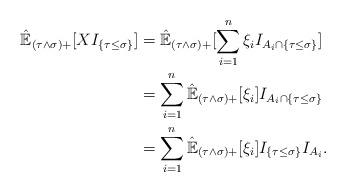
LaTeX: \begin{align*}\hat{\mathbb{E}}_{(\tau\wedge\sigma)+}[XI_{\{\tau\leq \sigma\}}]&=\hat{\mathbb{E}}_{(\tau\wedge\sigma)+}[\sum_{i=1}^n\xi_iI_{A_i\cap\{\tau\leq \sigma\}}]\\&=\sum_{i=1}^n\hat{\mathbb{E}}_{(\tau\wedge\sigma)+}[\xi_i]I_{A_i\cap\{\tau\leq \sigma\}}\\&=\sum_{i=1}^n\hat{\mathbb{E}}_{(\tau\wedge\sigma)+}[\xi_i]I_{\{\tau\leq \sigma\}}I_{A_i}.\end{align*}